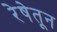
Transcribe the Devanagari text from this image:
रेषेतून